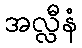
အလ္လီနံ